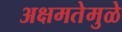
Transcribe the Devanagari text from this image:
अक्षमतेमुळे